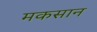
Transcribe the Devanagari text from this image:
मकसान